Civil Veterinary Dept. North-West Frontier Province 1933-46 - 1933-1946
Year: 1933
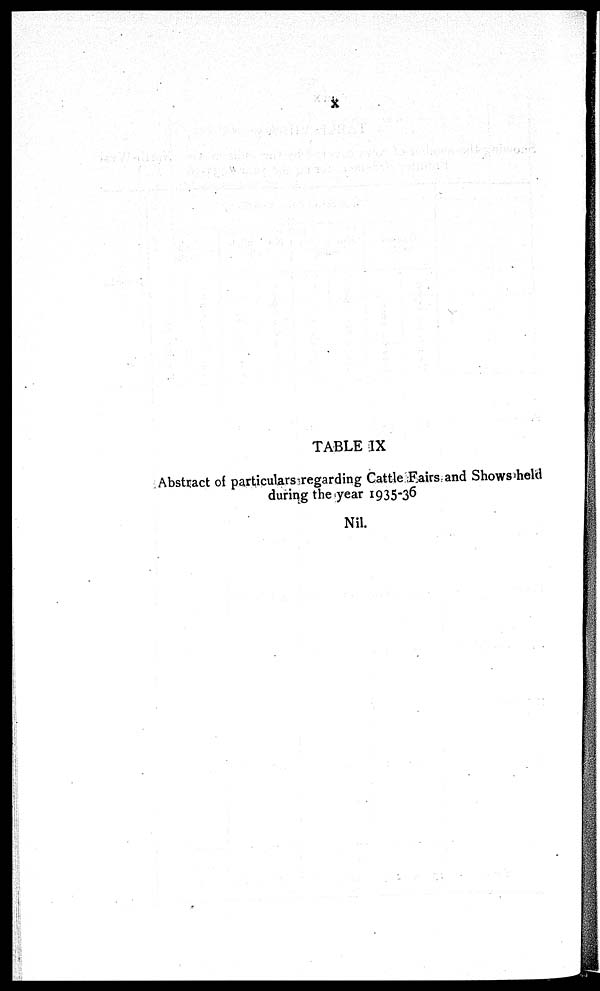
TABLE IX
Abstract of particulars regarding Cattle Fairs and Shows held
during the year 1935-36
Nil.